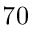
7 0